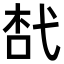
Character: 𢎋